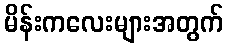
မိန်းကလေးများအတွက်